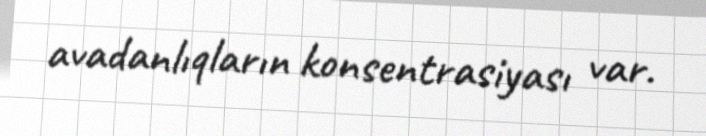
avadanlıqların konsentrasiyası var.